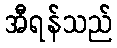
အီရန်သည်